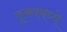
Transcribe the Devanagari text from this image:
कूकरमध्ये